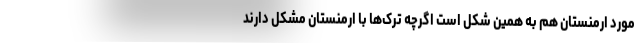
مورد ارمنستان هم به همین شکل است اگرچه ترک‌ها با ارمنستان مشکل دارند